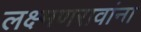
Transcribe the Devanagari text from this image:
लक्ष्मणरावांना